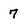
Character: 7